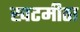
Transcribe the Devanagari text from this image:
खटमीठा